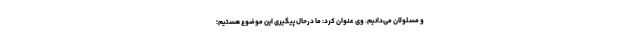
و مسئولان می‌دانیم. وی عنوان کرد: ما درحال پیگیری این موضوع هستیم؛